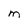
Character: m